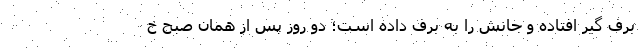
برف گیر افتاده و جانش را به برف داده است؛ دو روز پس از همان صبح خ